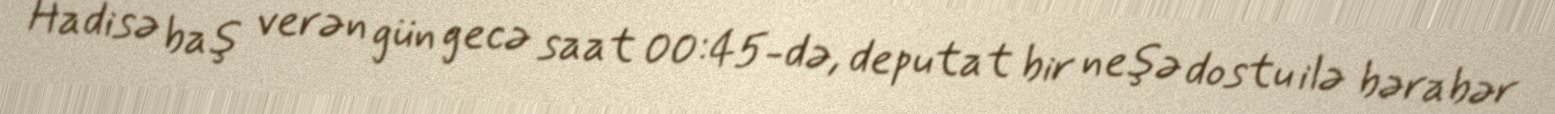
Hadisə baş verən gün gecə saat 00:45-də, deputat bir neşə dostu ilə bərabər